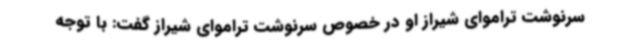
سرنوشت تراموای شیراز او در خصوص سرنوشت تراموای شیراز گفت: با توجه